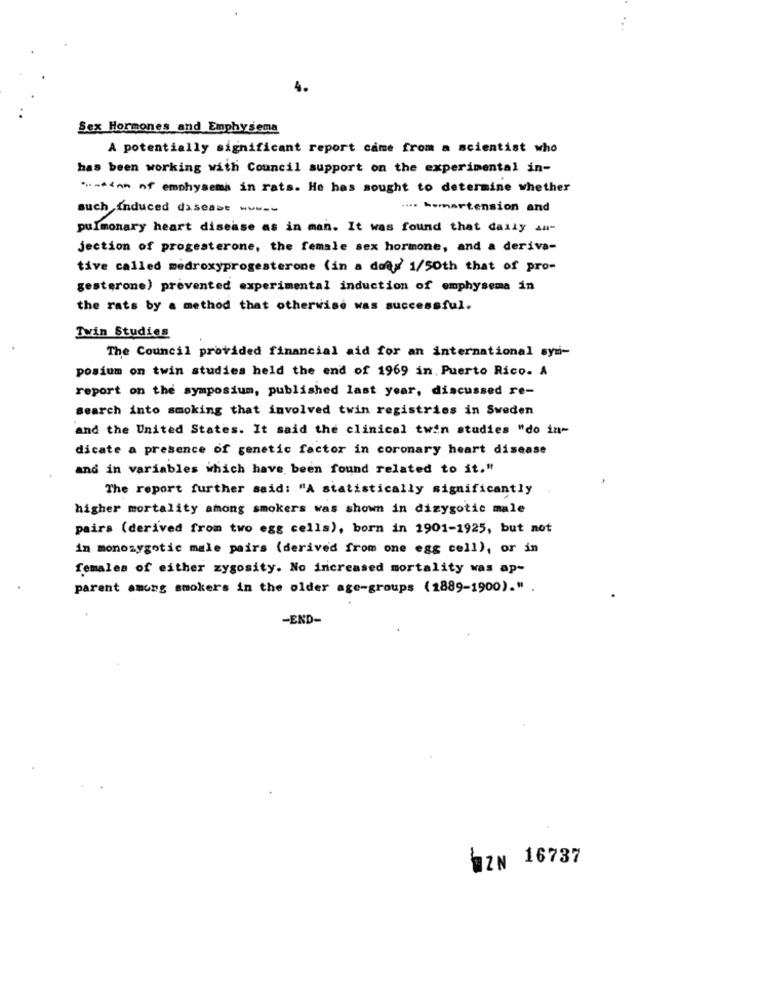
4.
Sex Hormones and Emphysema
A potentially significant report came from a scientist who
has been working with Council support on the experimental in-
.- 44nm of emphysema in rats. He has sought to determine whether
such induced daseast www-
.... kommertension and
pulmonary heart disease as in man. It was found that daily au-
jection of progesterone, the female sex hormone, and a deriva-
tive called medroxyprogesterone (in a doa) 1/50th that of pro-
gesterone) prevented experimental induction of emphysema in
the rats by a method that otherwise was successful.
Twin Studies
The Council provided financial aid for an international syn-
posium on twin studies held the end of 1969 in. Puerto Rico. A
report on the symposium, published last year, discussed re-
search into smoking that involved twin registries in Sweden
and the United States. It said the clinical twin studies "do in-
dicate a presence of genetic factor in coronary heart disease
and in variables which have been found related to it."
The report further said: "A statistically significantly
higher mortality among smokers was shown in dizygotic male
pairs (derived from two egg cells), born in 1901-1925, but not
in monozygotic male pairs (derived from one egg cell), or in
females of either zygosity. No increased mortality was ap-
parent among smokers in the older age-groups (1889-1900)." .
-END-
WZN 16737